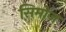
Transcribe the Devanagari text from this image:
सिमोज